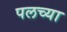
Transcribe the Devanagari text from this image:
पलच्या